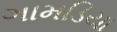
ગામડિયા